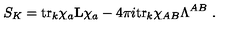
S _ { K } = \mathrm { t r } _ { k } \chi _ { a } { \bf L } \chi _ { a } - 4 \pi i \mathrm { t r } _ { k } \chi _ { A B } \Lambda ^ { A B } \ .